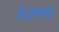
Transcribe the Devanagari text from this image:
है।इसको